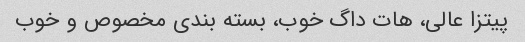
پیتزا عالی، هات داگ خوب، بسته بندی مخصوص و خوب